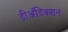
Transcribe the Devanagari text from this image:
डीअॅडिक्शन